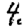
Digit: 4